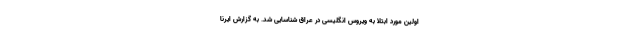
اولین مورد ابتلا به ویروس انگلیسی در عراق شناسایی شد. به گزارش ایرنا